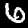
Digit: 6